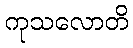
ကုသလောတိ